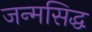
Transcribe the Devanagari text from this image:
जन्‍मसिद्ध